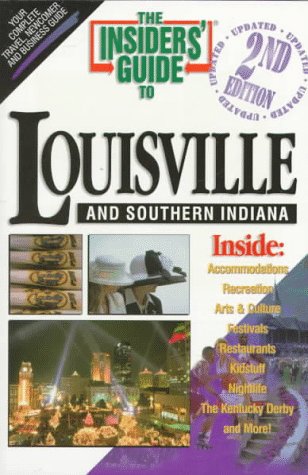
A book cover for The Insiders' Guide to Louisville and Southern Indiana, 2nd Edition; Travel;